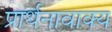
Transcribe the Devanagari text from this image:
प्रार्थनावाक्य